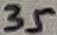
Text: 35